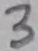
Text: 3